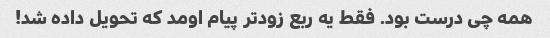
همه چی درست بود. فقط یه ربع زودتر پیام اومد که تحویل داده شد!